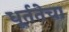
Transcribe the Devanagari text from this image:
धूर्ततेचा